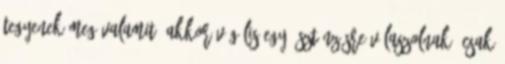
tegyenek meg valamit, akkor végülis egy ösztönzésre válaszolnak: Csak